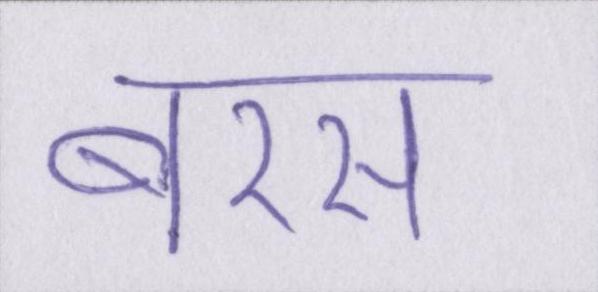
बरस